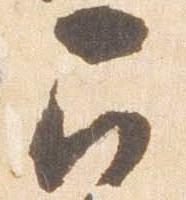
召